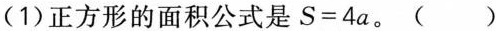
(1)正方形的面积公式是$$S = 4 a$$。( )